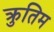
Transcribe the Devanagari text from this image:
क्रुतिम